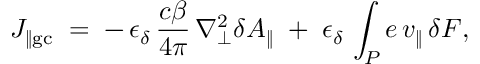
J _ { \| \mathrm { g c } } \; = \; - \, \epsilon _ { \delta } \, \frac { c \beta } { 4 \pi } \, \nabla _ { \bot } ^ { 2 } \delta A _ { \| } \; + \; \epsilon _ { \delta } \, \int _ { P } e \, v _ { \| } \, \delta F ,